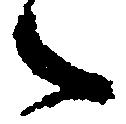
之